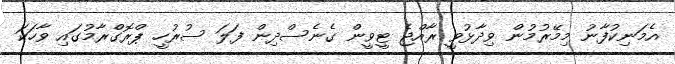
އެމަނިކުފާނު މިމޭރުމުން ވިދާޅުވީ ރާއްޖެ ޓީވީން ގެނެސްދިން ފަލަ ސުރުހީ ޕްރޮގްރާމުގައި ވާހަކަ